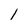
Character: l